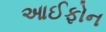
આઈફોન